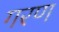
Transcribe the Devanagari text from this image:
गरण